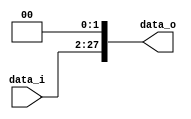
module Shift_Left_Two_26(
    data_i,
    data_o
    );

//I/O ports
input [25:0] data_i;
output [27:0] data_o;

//shift left 2
assign data_o={data_i,2'b00};
endmodule